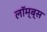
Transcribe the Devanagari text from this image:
लॉम्ब्स